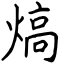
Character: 熇